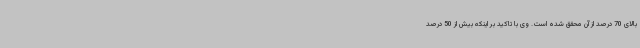
بالای 70 درصد از آن محقق شده است. وی با تاکید بر اینکه بیش از 50 درصد